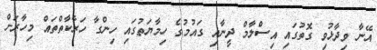
އޭނާ ވިދާޅުވި ގޮތުގައި އިސްލާމް ދީނާއި ގައުމުގެ ހިމާޔަތުގައި ހިންގާ ހަރާކާތްތައް މިހާރަށް